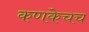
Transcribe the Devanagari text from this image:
कणकेचच